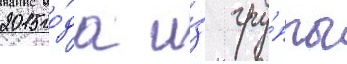
2015 го́да и́з гру́ппы